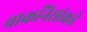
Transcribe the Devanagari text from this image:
वाकनिसांकडे